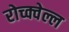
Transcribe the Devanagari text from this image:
रोच्क्वेल्ल